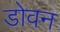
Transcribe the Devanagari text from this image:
डोवन